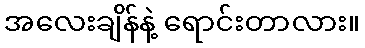
အလေးချိန်နဲ့ ရောင်းတာလား။